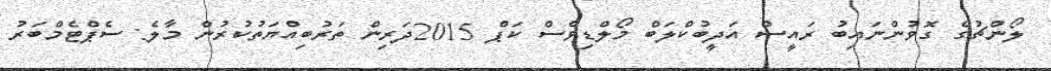
ލޯންޗުގެ ގޮވުންނައިބު ރައީސް އަދީބުކްލަބް މޯލްޑިވްސް ކަޕް 2015ދަރިން ތަރުބިއްޔަތުކުރުން މާލެ: ސެޕްޓެމްބަރު